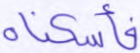
فأسكناه